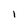
Character: l